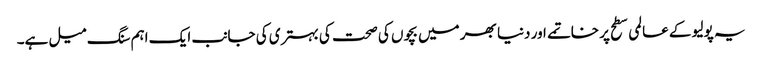
یہ پولیو کے عالمی سطح پر خاتمے اور دنیا بھر میں بچوں کی صحت کی بہتری کی جانب ایک اہم سنگ میل ہے۔